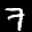
Label: 7